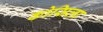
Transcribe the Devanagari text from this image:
कोसिला